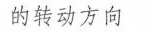
的转动方向